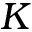
K